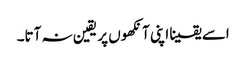
اسے یقینا اپنی آنکھوں پر یقین نہ آتا۔